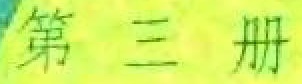
第三册